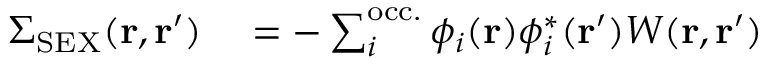
\begin{array} { r l } { \Sigma _ { \mathrm { S E X } } ( \mathbf { r } , \mathbf { r } ^ { \prime } ) } & { { } = - \sum _ { i } ^ { \mathrm { o c c . } } \phi _ { i } ( \mathbf { r } ) \phi _ { i } ^ { * } ( \mathbf { r } ^ { \prime } ) W ( \mathbf { r } , \mathbf { r } ^ { \prime } ) } \end{array}